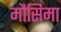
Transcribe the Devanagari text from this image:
मौसिमा